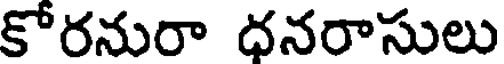
కోరనురా ధనరాసులు